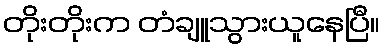
တိုးတိုးက တံချူသွားယူနေပြီ။